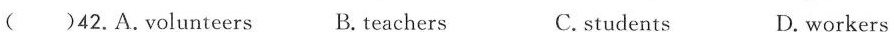
( )42.A.Volunteers B. teachers C.students D. workers